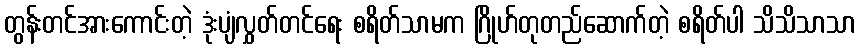
တွန်းတင်အားကောင်းတဲ့ ဒုံးပျံလွှတ်တင်ရေး စရိတ်သာမက ဂြိုဟ်တုတည်ဆောက်တဲ့ စရိတ်ပါ သိသိသာသာ